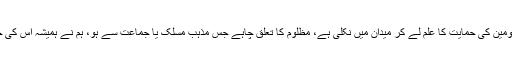
یہ جماعت مظلومین کی حمایت کا علم لے کر میدان میں نکلی ہے، مظلوم کا تعلق چاہے جس مذہب مسلک یا جماعت سے ہو، ہم نے ہمیشہ اس کی حمایت کی ہے۔